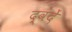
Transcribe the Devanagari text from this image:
द्वंदें